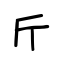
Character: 斤